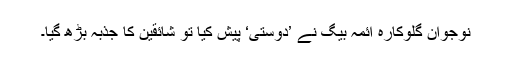
نوجوان گلوکارہ آئمہ بیگ نے ’دوستی‘ پیش کیا تو شائقین کا جذبہ بڑھ گیا۔